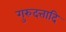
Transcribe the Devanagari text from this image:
गुरुदत्तादि